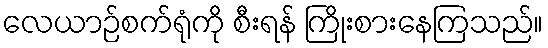
လေယာဉ်စက်ရုံကို စီးရန် ကြိုးစားနေကြသည်။